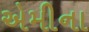
એમીના